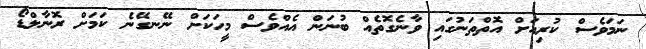
ނަމަވެސް ކުރިއަށް އޮތްތަނުގައި ވާނެގޮތެއް ބުނަން އެއްވެސް މީހަކަށް ނޭނގޭނެ ކަމަށް ރޮނާލްޑޯ